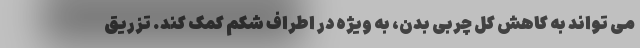
می تواند به کاهش کل چربی بدن، به ویژه در اطراف شکم کمک کند. تزریق